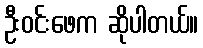
ဦးဝင်းဖေက ဆိုပါတယ်။